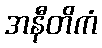
အနီတိကံ